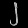
Digit: ၂